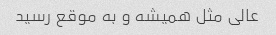
عالی مثل همیشه و به موقع رسید